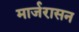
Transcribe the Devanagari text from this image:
मार्जरासन